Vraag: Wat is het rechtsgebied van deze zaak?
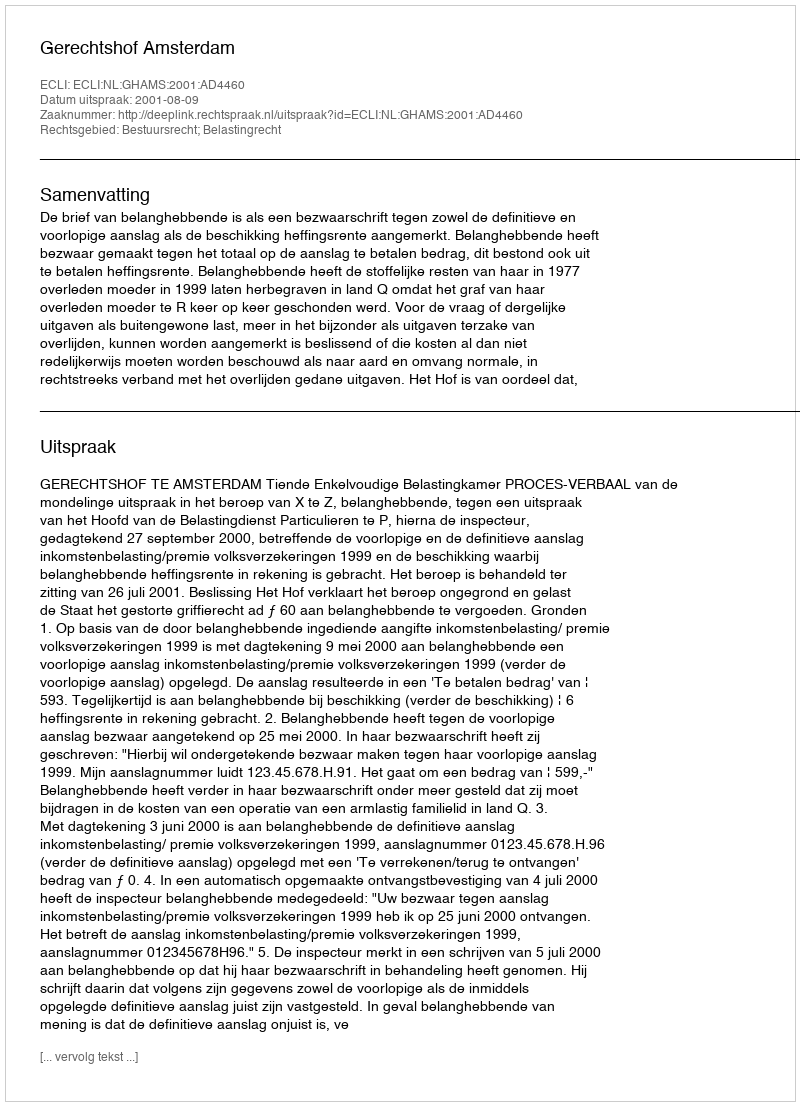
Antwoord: Bestuursrecht; Belastingrecht